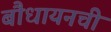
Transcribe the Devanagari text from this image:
बौधायनची